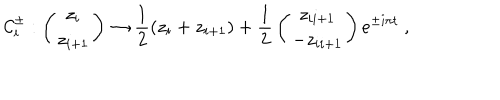
{ \cal C } _ { i } ^ { \pm } : \left( { z _ { i } \atop z _ { i + 1 } } \right) \to { \frac { 1 } { 2 } } ( z _ { i } + z _ { i + 1 } ) + { \frac { 1 } { 2 } } \left( { z _ { i i + 1 } \atop - z _ { i i + 1 } } \right) e ^ { \pm i \pi t } \ ,